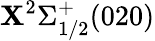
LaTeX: \mathbf{X}^{2}\Sigma_{1/2}^{+}(020)